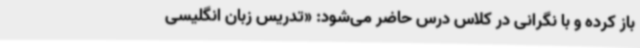
باز کرده و با نگرانی در کلاس درس حاضر می‌شود: «تدریس زبان انگلیسی